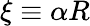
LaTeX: \xi\equiv\alpha R